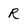
Character: R